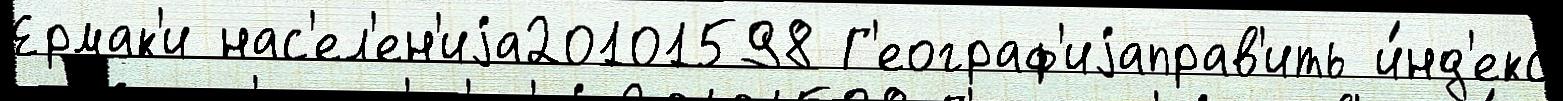
Ермак'и нас'ел'ен'иjа20101598 Г'еограф'иjаправ'ить и́нд'екс